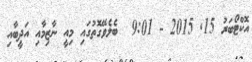
އޮކްޓޯބަރު 15